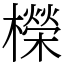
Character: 𣞁